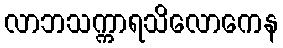
လာဘသက္ကာရသိလောကေန